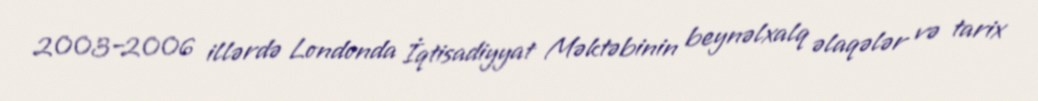
2003–2006 illərdə Londonda İqtisadiyyat Məktəbinin beynəlxalq əlaqələr və tarix